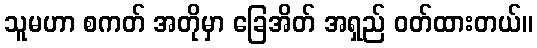
သူမဟာ စကတ် အတိုမှာ ခြေအိတ် အရှည် ဝတ်ထားတယ်။